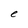
Character: e